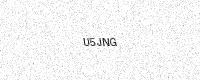
Text: U5JNG